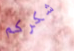
شكركم